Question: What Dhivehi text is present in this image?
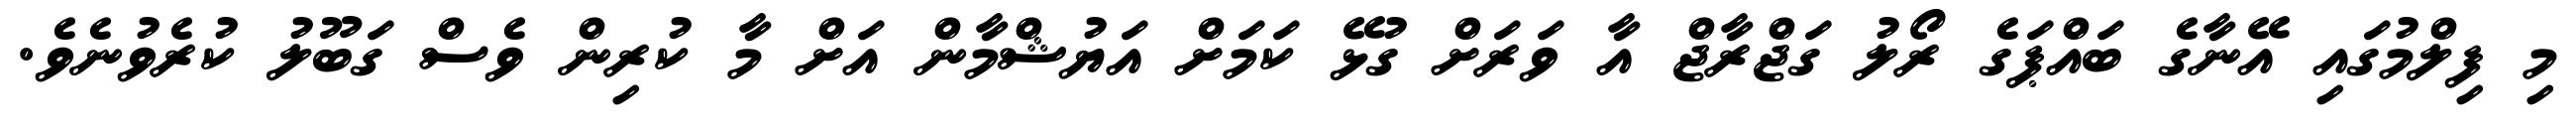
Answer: މި ފިލްމުގައި އޭނާގެ ބައްޕަގެ ރޯލު ގަޖްރާޖް އާ ވަރަށް ގުޅޭ ކަމަށް އަޔުޝްމާން އަށް މާ ކުރިން ވެސް ގަބޫލު ކުރެވުނެވެ.